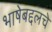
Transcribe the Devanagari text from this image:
भाषेबद्दलचे